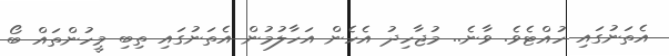
އެތަނުގައި ހުއްޓެވެ. ވާނެ.. މުޖާހިދު އެހެން އަހާލުމުން އެތަނުގައި ތިބި މީހުންތައް ބޯ